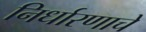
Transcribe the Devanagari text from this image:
निर्धारणाचे